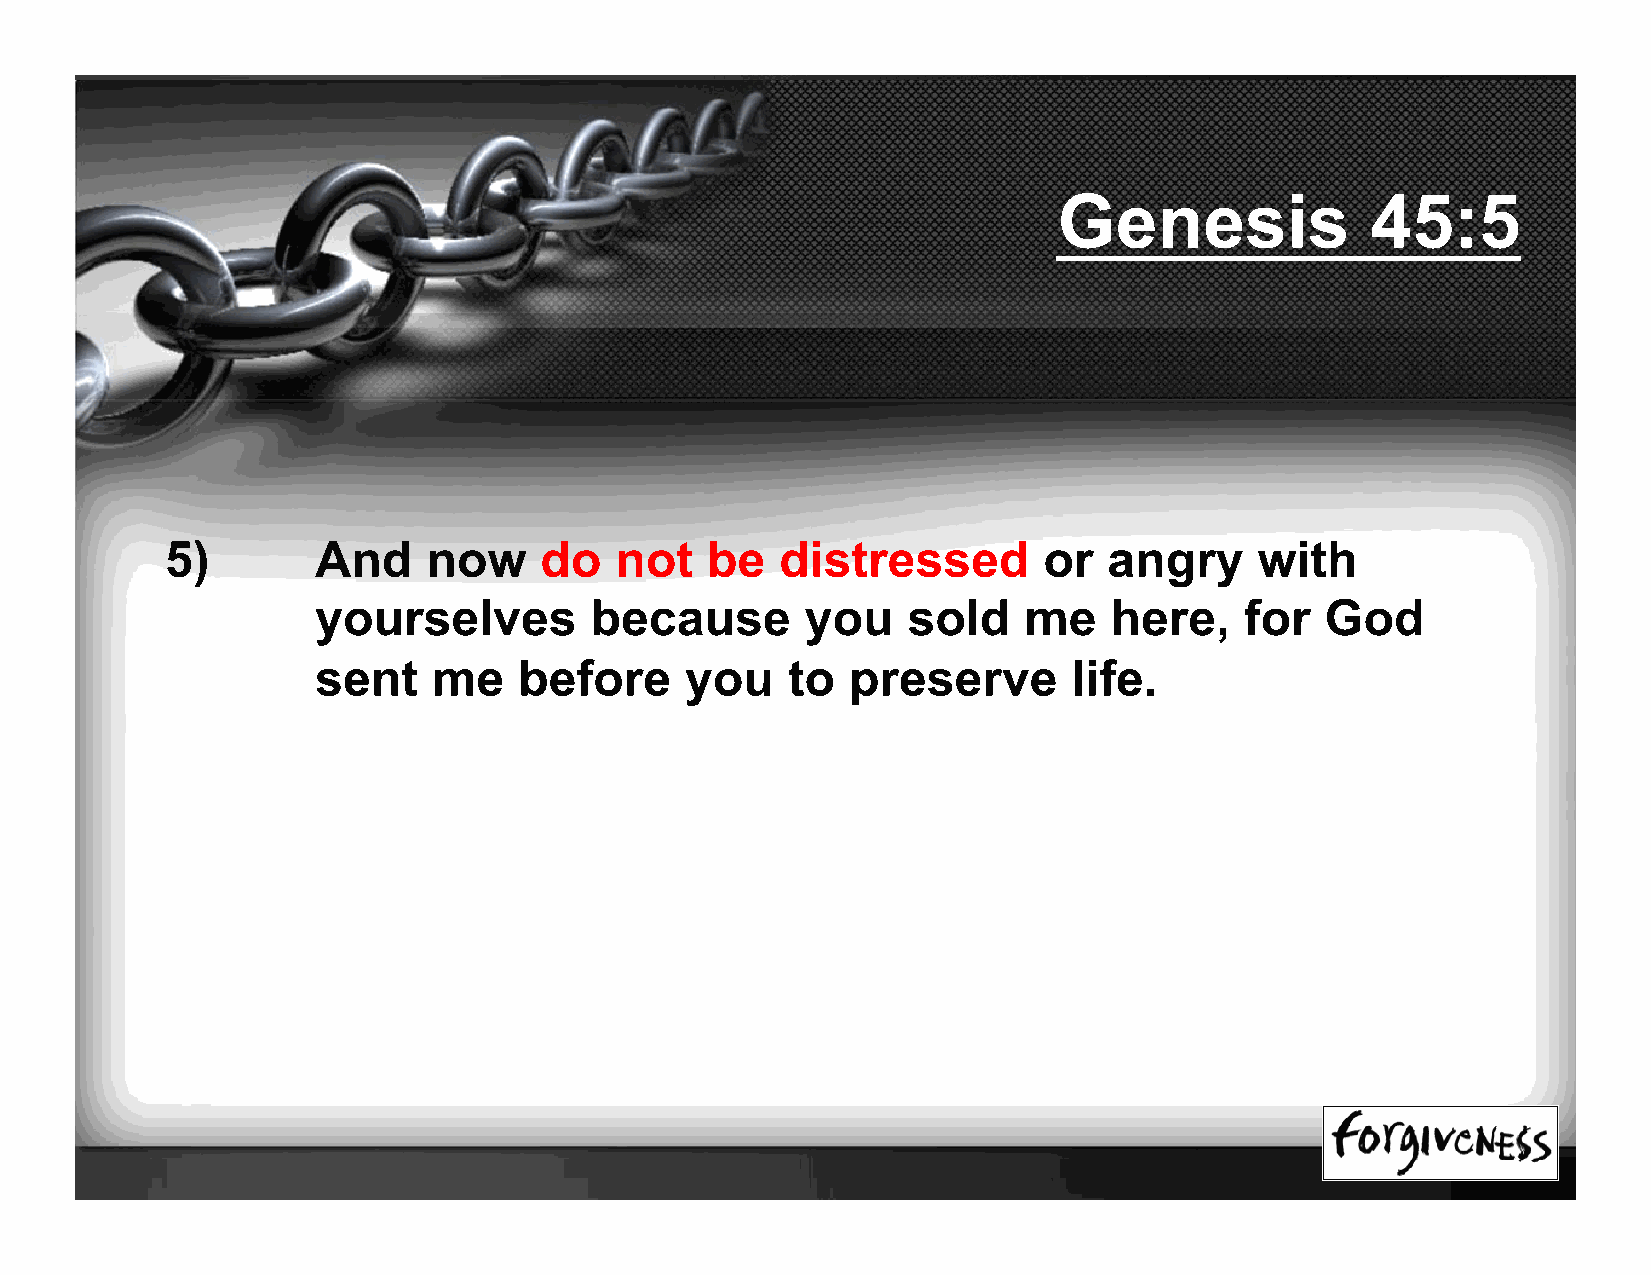
Genesis              45:5
 5)        And    now     do   not   be   distressed       or  angry     with
 yourselves        because       you    sold    me   here,    for   God
 sent    me   before     you    to  preserve       life.